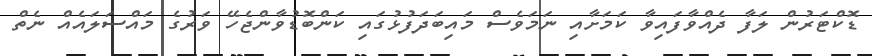
ޑޮކްޓަރުން ލަފާ ދެއްވާފައިވާ ކަމަށާއި ނަމަވެސް މައިބަދަފުޅުގައި ކަންބޮޑުވާންޖެހޭ ވަރުގެ މައްސަލައެއް ނެތް